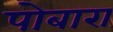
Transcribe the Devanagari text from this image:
पोबारा